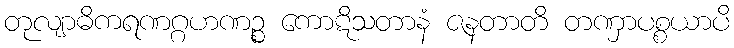
တုလျာဓိကရဏဂ္ဂဟဏဉ္စ ကောဋိသတာနံ ဇနတာတိ တဏှာပစ္စယာပိ